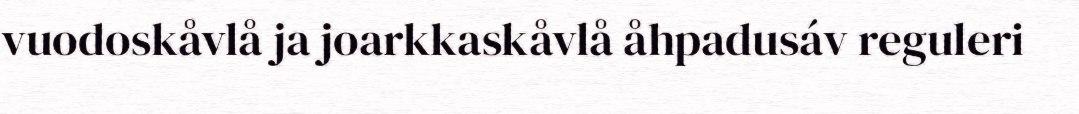
vuodoskåvlå ja joarkkaskåvlå åhpadusáv reguleri